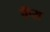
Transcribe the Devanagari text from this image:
चँप्स